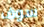
سوف